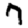
Digit: 7